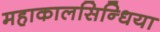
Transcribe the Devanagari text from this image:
महाकालसिन्धिया